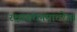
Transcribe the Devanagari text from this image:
रक्षाबंधनमाचरेत।